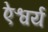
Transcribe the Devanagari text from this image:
ऐश्वर्य